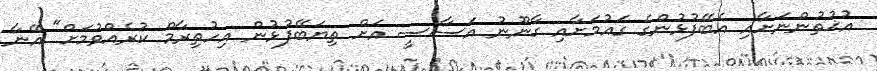
އުޚުތުންނަށާއި އެބޭފުޅުންގެ ގައުމަށާއި ގާނޫނު އަސާސީ އަށް ތިޔަބޭފުޅުން އިހުތިރާމް ކުރެއްވުމަށް" އޭނާ